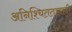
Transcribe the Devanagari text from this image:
अनिश्चिततावादी